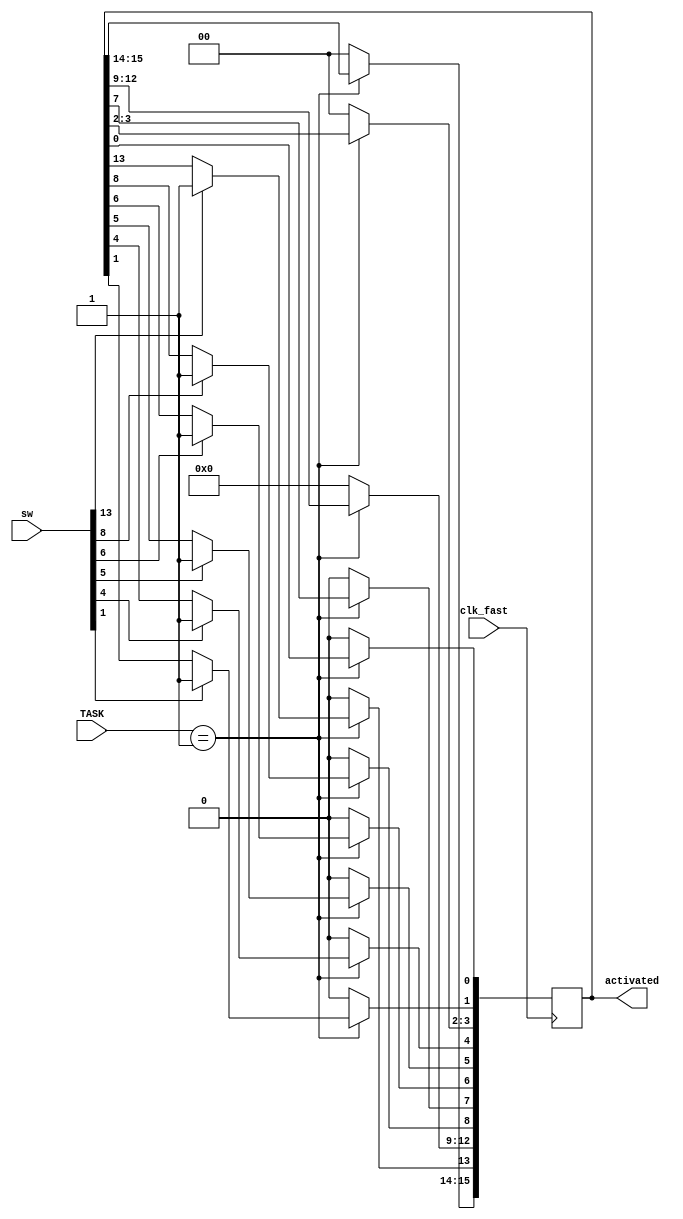
`timescale 1ns / 1ps
//////////////////////////////////////////////////////////////////////////////////
// Company: 
// Engineer: 
// 
// Design Name: 
// Module Name: password_check
// Project Name: 
// Target Devices: 
// Tool Versions: 
// Description: 
// 
// Dependencies: 
// 
// Revision:
// Revision 0.01 - File Created
// Additional Comments:
// 
//////////////////////////////////////////////////////////////////////////////////


module password_check(
    input clk_fast,
    input [1:0] TASK,
    input [15:0] sw,
    output reg [15:0] activated
    );
    
    
    initial
    begin
        activated = 16'b0000000000000000;
    end
    
    always @ (posedge clk_fast)
    begin
        case (TASK)
            2'b01:
                begin
                    activated[13] <= (sw[13] == 1) ? 1 : activated[13];
                    activated[8] <= (sw[8] == 1) ? 1 : activated[8];
                    activated[6] <= (sw[6] == 1) ? 1 : activated[6];
                    activated[5] <= (sw[5] == 1) ? 1 : activated[5];
                    activated[4] <= (sw[4] == 1) ? 1 : activated[4];
                    activated[1] <= (sw[1] == 1) ? 1 : activated[1];
                end
            default: activated <= 16'b0000000000000000;
        endcase
    end
    
endmodule